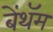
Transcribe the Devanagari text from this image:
बेंथॅम